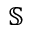
\mathbb { S }